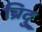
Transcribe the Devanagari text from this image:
ब्रिदु